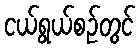
ငယ်ရွယ်စဉ်တွင်